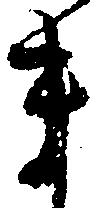
ま